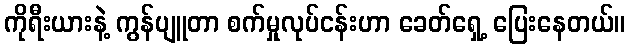
ကိုရီးယားနဲ့ ကွန်ပျူတာ စက်မှုလုပ်ငန်းဟာ ခေတ်ရှေ့ ပြေးနေတယ်။